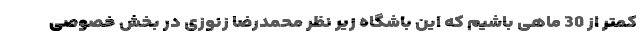
کمتر از 30 ماهی باشیم که این باشگاه زیر نظر محمدرضا زنوزی در بخش خصوصی